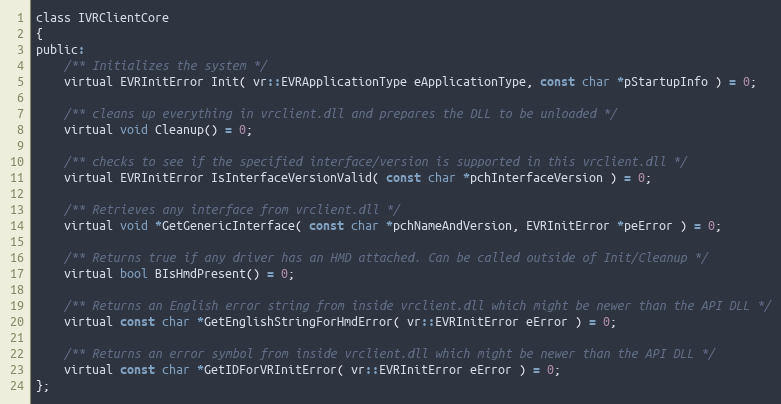
Language: C
class IVRClientCore
{
public:
	/** Initializes the system */
	virtual EVRInitError Init( vr::EVRApplicationType eApplicationType, const char *pStartupInfo ) = 0;

	/** cleans up everything in vrclient.dll and prepares the DLL to be unloaded */
	virtual void Cleanup() = 0;

	/** checks to see if the specified interface/version is supported in this vrclient.dll */
	virtual EVRInitError IsInterfaceVersionValid( const char *pchInterfaceVersion ) = 0;

	/** Retrieves any interface from vrclient.dll */
	virtual void *GetGenericInterface( const char *pchNameAndVersion, EVRInitError *peError ) = 0;

	/** Returns true if any driver has an HMD attached. Can be called outside of Init/Cleanup */
	virtual bool BIsHmdPresent() = 0;

	/** Returns an English error string from inside vrclient.dll which might be newer than the API DLL */
	virtual const char *GetEnglishStringForHmdError( vr::EVRInitError eError ) = 0;

	/** Returns an error symbol from inside vrclient.dll which might be newer than the API DLL */
	virtual const char *GetIDForVRInitError( vr::EVRInitError eError ) = 0;
};